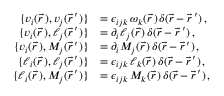
\begin{array} { r l } { \{ v _ { i } ( \vec { r \, } ) , v _ { j } ( \vec { r } \, ^ { \prime } ) \} } & { = \epsilon _ { i j k } \, \omega _ { k } ( \vec { r \, } ) \, \delta ( \vec { r } - \vec { r } \, ^ { \prime } ) \, , } \\ { \{ v _ { i } ( \vec { r \, } ) , \ell _ { j } ( \vec { r } \, ^ { \prime } ) \} } & { = \partial _ { i } \ell _ { j } ( \vec { r \, } ) \, \delta ( \vec { r } - \vec { r } \, ^ { \prime } ) \, , } \\ { \{ v _ { i } ( \vec { r \, } ) , M _ { j } ( \vec { r } \, ^ { \prime } ) \} } & { = \partial _ { i } M _ { j } ( \vec { r \, } ) \, \delta ( \vec { r } - \vec { r } \, ^ { \prime } ) \, , } \\ { \{ \ell _ { i } ( \vec { r \, } ) , \ell _ { j } ( \vec { r } \, ^ { \prime } ) \} } & { = \epsilon _ { i j k } \, \ell _ { k } ( \vec { r \, } ) \, \delta ( \vec { r } - \vec { r } \, ^ { \prime } ) \, , } \\ { \{ \ell _ { i } ( \vec { r \, } ) , M _ { j } ( \vec { r } \, ^ { \prime } ) \} } & { = \epsilon _ { i j k } \, M _ { k } ( \vec { r \, } ) \, \delta ( \vec { r } - \vec { r } \, ^ { \prime } ) \, , } \end{array}